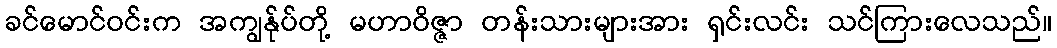
ခင်မောင်ဝင်းက အကျွန်ုပ်တို့ မဟာဝိဇ္ဇာ တန်းသားများအား ရှင်းလင်း သင်ကြားလေသည်။